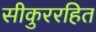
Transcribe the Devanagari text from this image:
सीकुररहित